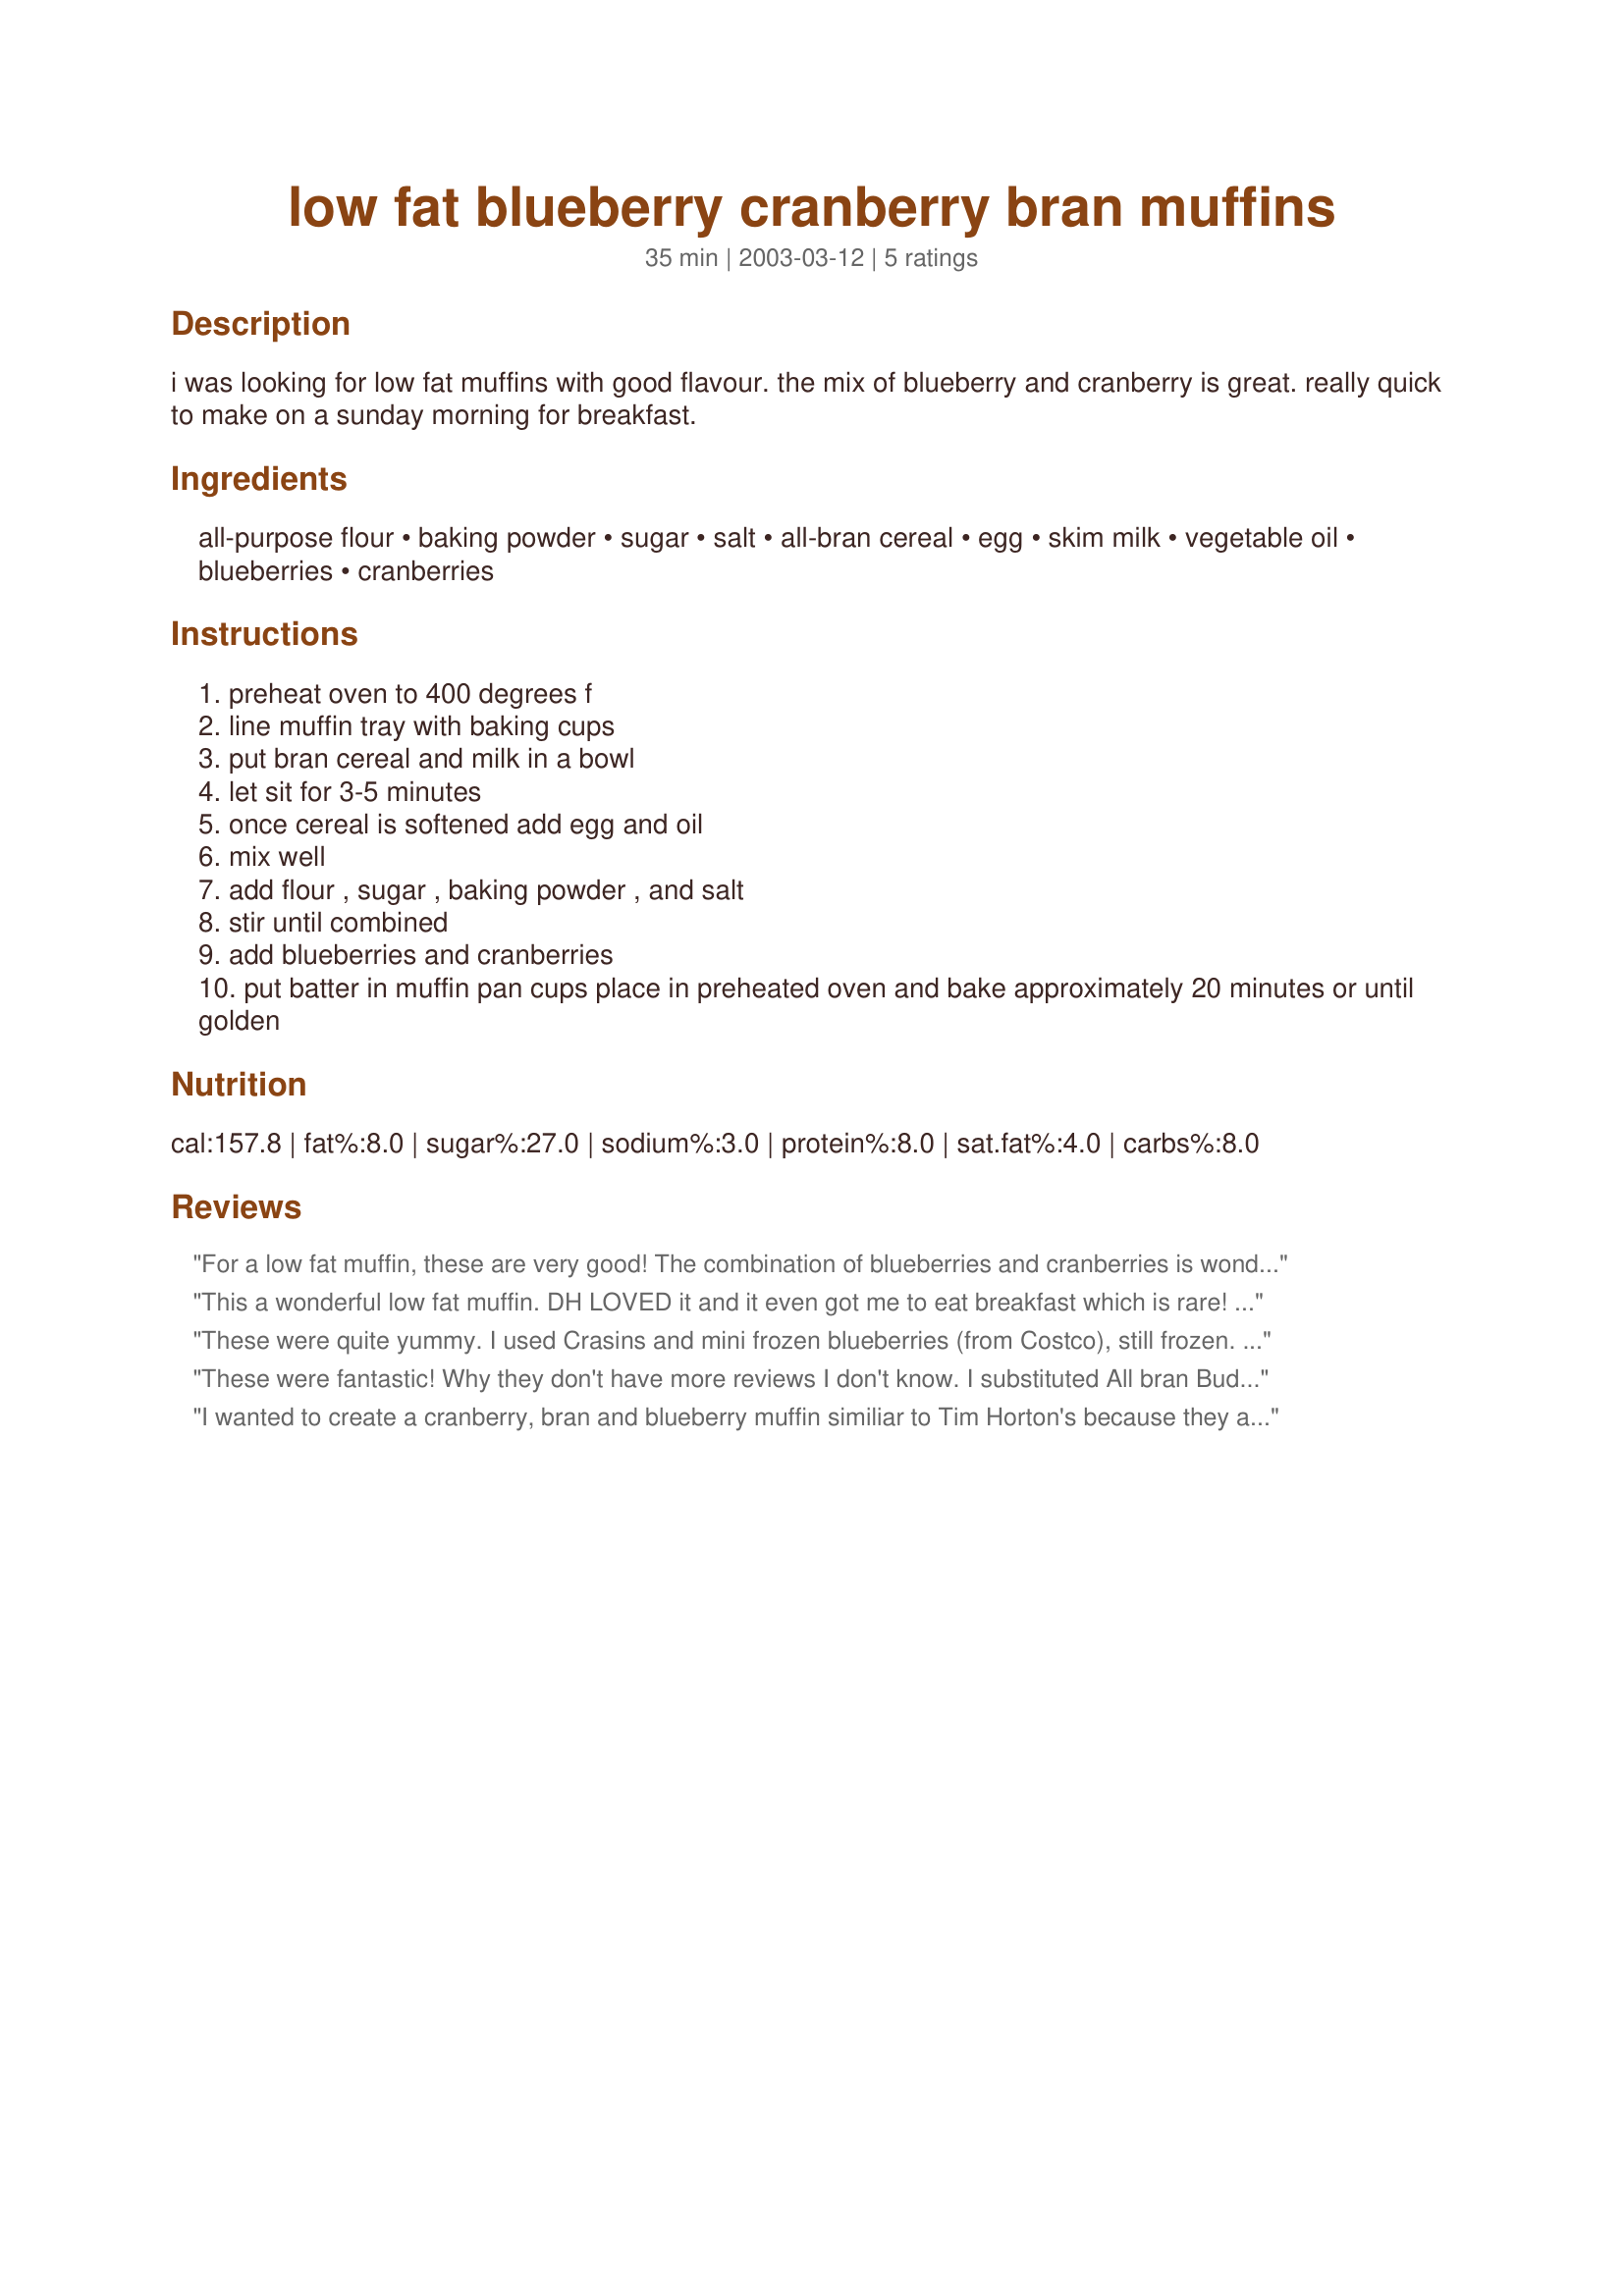
low fat blueberry cranberry bran muffins
Preparation time: 35 minutes

i was looking for low fat muffins with good flavour. the mix of blueberry and cranberry is great. really quick to make on a sunday morning for breakfast.

Ingredients:
all-purpose flour, baking powder, sugar, salt, all-bran cereal, egg, skim milk, vegetable oil, blueberries, cranberries

Steps:
preheat oven to 400 degrees f
line muffin tray with baking cups
put bran cereal and milk in a bowl
let sit for 3-5 minutes
once cereal is softened add egg and oil
mix well
add flour , sugar , baking powder , and salt
stir until combined
add blueberries and cranberries
put batter in muffin pan cups place in preheated oven and bake approximately 20 minutes or until golden

Reviews:
For a low fat muffin, these are very good! The combination of blueberries and cranberries is wonderfull and of course the all bran does what it is supposed to do, ha ha ha ha ha !!!!We will have these in the freezer on a "regular" basis!! Thanks for sharing.
This a wonderful low fat muffin. DH LOVED it and it even got me to eat breakfast which is rare! I used frozen blueberries and wasn't sure if they needed defrosting so I dumped them in straight from the freezer. The dough is pretty thick so this worked perfectly--the berries didn't crush since they were frozen. I also used Craisins. The muffins were even better after a few days since they absorbed moisture from the muffin.
These were quite yummy. I used Crasins and mini frozen blueberries (from Costco), still frozen. I made mini muffins, and cooked them about 14-15 minutes. My kids (4 &amp; 7) clamor for these &quot;cupcakes&quot;. These are perfect to freeze and pop in the microwave on busy school/work mornings to eat on the go.
These were fantastic! Why they don't have more reviews I don't know. I substituted All bran Buds in mine and it ended up giving the final product a nice bit of extra texture. I also used brown sugar instead of white, just because. My berries were frozen so the cooking time was at least 30-35 minutes. Thanks for a great recipe!
I wanted to create a cranberry, bran and blueberry muffin similiar to Tim Horton's because they are so good and low fat. I used some craisins and frozen blueberries and some fresh cooked cranberries. It also made 15 muffins rather than 12 as described - they were a big hit and very yummy!!!!! Will make these again for sure!!
